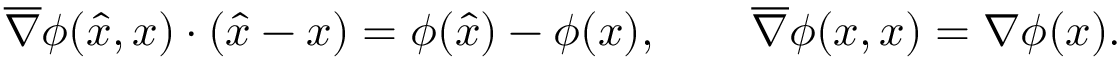
\begin{array} { r } { \overline { { \nabla } } \phi ( \widehat x , x ) \cdot ( \widehat x - x ) = \phi ( \widehat x ) - \phi ( x ) , \qquad \overline { { \nabla } } \phi ( x , x ) = \nabla \phi ( x ) . } \end{array}